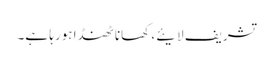
تشریف لایئے، کھانا ٹھنڈا ہورہا ہے۔